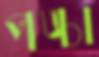
পঙ্চা